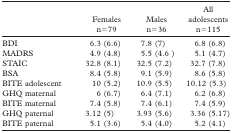
|  | Females | Males | All adolescents |
 |  | n=79 | n=36 | n=115 |
 | --- | --- | --- | --- |
 | BDI | 6.3 (6.6) | 7.8 (7) | 6.8 (6.8) |
 | MADRS | 4.9 (4.8) | 5.5 (4.6) | 5.1 (4.7) |
 | STAIC | 32.8 (8.1) | 32.5 (7.2) | 32.7 (7.8) |
 | BSA | 8.4 (5.8) | 9.1 (5.9) | 8.6 (5.8) |
 | BITE adolescent | 10 (5.2) | 10.9 (5.5) | 10.12 (5.3) |
 | GHQ maternal | 6 (6.7) | 6.4 (7.1) | 6.2 (6.8) |
 | BITE maternal | 7.4 (5.8) | 7.4 (6.1) | 7.4 (5.9) |
 | GHQ paternal | 3.12 (5) | 3.93 (5.6) | 3.36 (5.17) |
 | BITE paternal | 5.1 (3.6) | 5.4 (4.0) | 5.2 (4.1) |